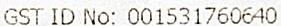
GST ID NO: 001531760640